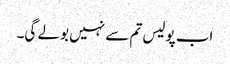
اب پولیس تم سے نہیں بولے گی۔